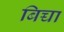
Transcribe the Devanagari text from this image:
बिच्चा